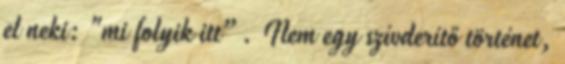
el neki: "mi folyik itt”. Nem egy szívderítő törté­net,